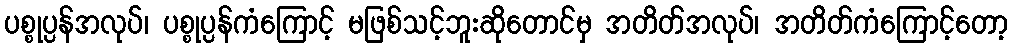
ပစ္စုပ္ပန်အလုပ်၊ ပစ္စုပ္ပန်ကံကြောင့် မဖြစ်သင့်ဘူးဆိုတောင်မှ အတိတ်အလုပ်၊ အတိတ်ကံကြောင့်တော့